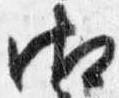
御